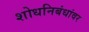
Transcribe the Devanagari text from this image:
शोधनिबंधांवर